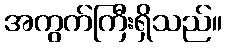
အကွက်ကြီးရှိသည်။